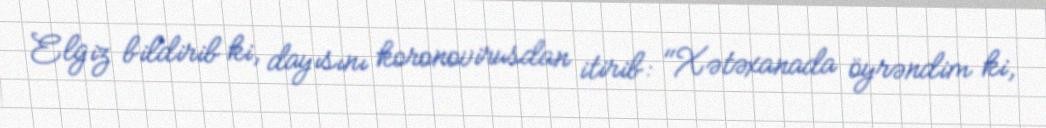
Elgiz bildirib ki, dayısını koronovirusdan itirib: "Xətəxanada öyrəndim ki,